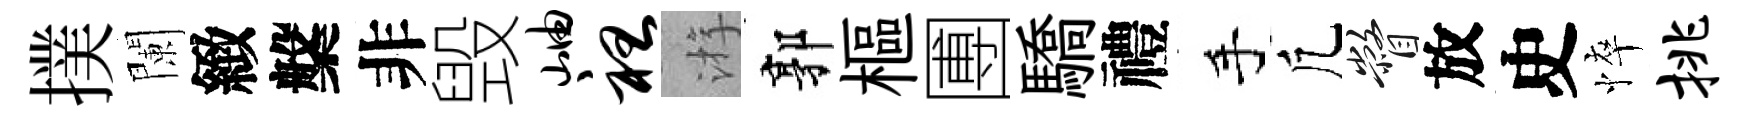
撲闌緻槃非毁岫袒㳺郭樞圑驕禮手凢瞥放史悴挑